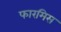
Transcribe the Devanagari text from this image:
फारमिस